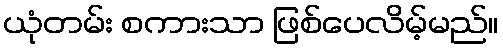
ယုံတမ်း စကားသာ ဖြစ်ပေလိမ့်မည်။